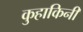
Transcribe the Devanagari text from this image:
कुहाकिनी